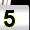
Digit: 5